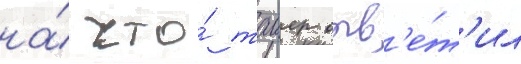
на́ что́ таиер отв'е́т'ил